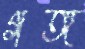
গঙ্গ